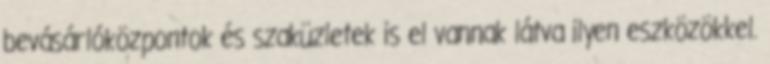
bevásárlóközpontok és szaküzletek is el vannak látva ilyen eszközökkel.